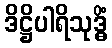
ဒိဋ္ဌိပါရိသုဒ္ဓိံ